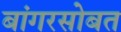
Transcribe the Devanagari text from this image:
बांगरसोबत